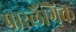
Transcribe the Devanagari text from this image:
पारलैंगिक